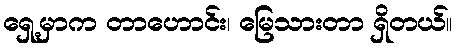
ရှေ့မှာက တာဟောင်း၊ မြေသားတာ ရှိတယ်။